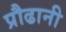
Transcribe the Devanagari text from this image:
प्रौढानी